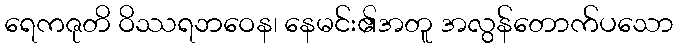
ရေကဇုတိ ဝိဿရဘဝေန၊ နေမင်း၏အတူ အလွန်တောက်ပသော